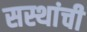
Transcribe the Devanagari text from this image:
सस्थांची